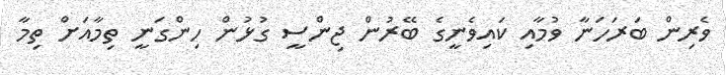
ވެރިން ބަރަހަނާ ވުމާއި ކައިވެނީގެ ބޭރުން ޖިންސީ ގުޅުން ހިންގަނީ ތިމާއަށް ތިމާ